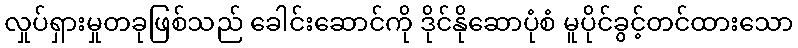
လှုပ်ရှားမှုတခုဖြစ်သည် ခေါင်းဆောင်ကို ဒိုင်နိုဆောပုံစံ မူပိုင်ခွင့်တင်ထားသော